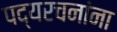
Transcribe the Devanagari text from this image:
पद्यरचनांना